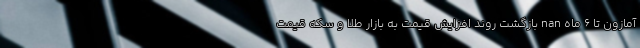
آمازون تا 6 ماه nan بازگشت روند افزایش قیمت به بازار طلا و سکه قیمت